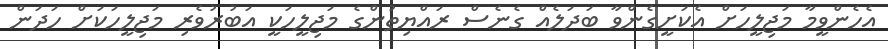
އެހެންވީމާ މަޖިލީހަށް އެކަށީގެންވާ ބަދަލެއް ގެނެސް ރައްޔިތުންގެ މަޖިލީހަކީ އަބުރުވެރި މަޖިލީހަކަށް ހަދަން